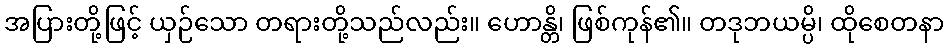
အပြားတို့ဖြင့် ယှဉ်သော တရားတို့သည်လည်း။ ဟောန္တိ၊ ဖြစ်ကုန်၏။ တဒုဘယမ္ပိ၊ ထိုစေတနာ